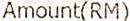
AMOUNT(RM)